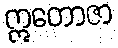
ဣတောဇာ